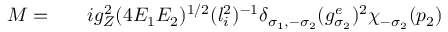
\begin{array} { r l r } { { \cal M } = } & { { } } & { i g _ { Z } ^ { 2 } ( 4 E _ { 1 } E _ { 2 } ) ^ { 1 / 2 } ( l _ { i } ^ { 2 } ) ^ { - 1 } \delta _ { \sigma _ { 1 } , - \sigma _ { 2 } } ( g _ { \sigma _ { 2 } } ^ { e } ) ^ { 2 } \chi _ { - \sigma _ { 2 } } ( p _ { 2 } ) } \end{array}